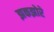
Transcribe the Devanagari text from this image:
झकझोरे